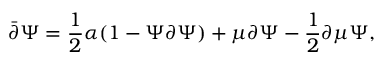
\bar { \partial } \Psi = \frac { 1 } { 2 } \alpha ( 1 - \Psi \partial \Psi ) + \mu \partial \Psi - \frac { 1 } { 2 } \partial \mu \Psi ,